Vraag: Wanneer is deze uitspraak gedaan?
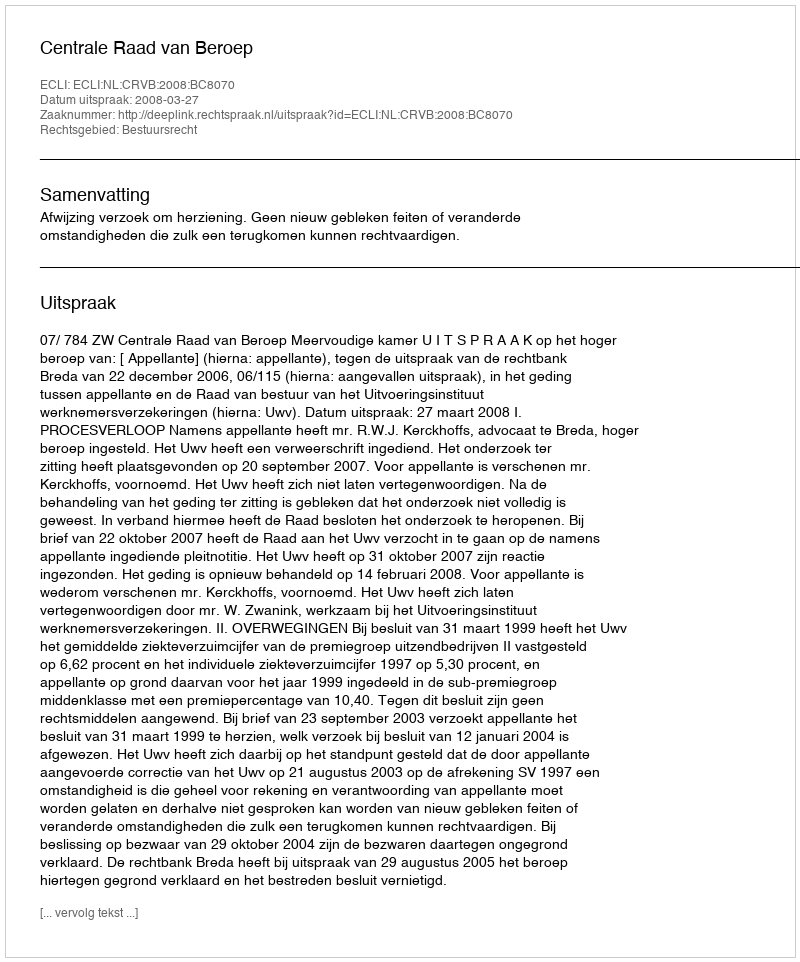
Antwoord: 2008-03-27